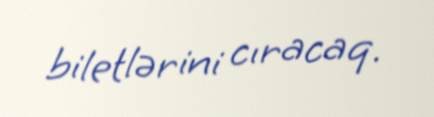
biletlərini cıracaq.